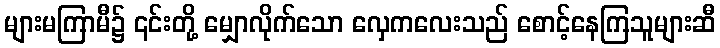
များမကြာမီ၌ ၎င်းတို့ မျှောလိုက်သော လှေကလေးသည် စောင့်နေကြသူများဆီ